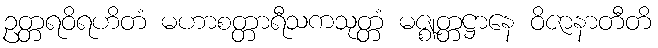
ဥတ္တရဝိရဟိတံ မဟာစတ္တာရီသကသုတ္တံ မဇ္ဈတ္တဋ္ဌာနေ ဝိဇာနာတီတိ